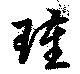
瑾